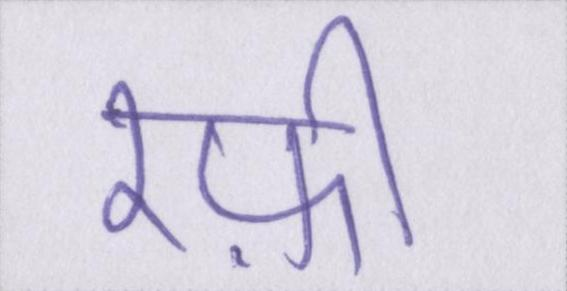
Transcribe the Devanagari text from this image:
रफ़ी